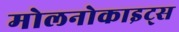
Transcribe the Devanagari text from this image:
मोलनोकाइट्स